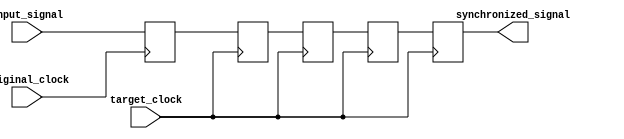
module four_flop_synchronizer (
    input wire input_signal,
    input wire original_clock,
    input wire target_clock,
    output reg synchronized_signal
);

reg flop1, flop2, flop3, flop4;

always @(posedge original_clock) begin
    flop1 <= input_signal;
end

always @(posedge target_clock) begin
    flop2 <= flop1;
    flop3 <= flop2;
    flop4 <= flop3;
    synchronized_signal <= flop4;
end

endmodule